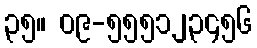
၃၅။ ၀၉-၅၅၅၁၂၃၄၅၆